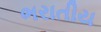
ભરાતીય